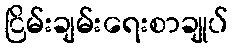
ငြိမ်းချမ်းရေးစာချုပ်